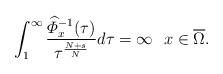
LaTeX: \begin{align*} \int_{1}^{\infty} \dfrac{\widehat{\varPhi}_{x}^{-1}(\tau)}{\tau^{\frac{N+s}{N}}}d\tau=\infty ~~x\in \overline{\Omega}. \end{align*}